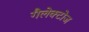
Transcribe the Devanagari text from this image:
गैलेक्टोज